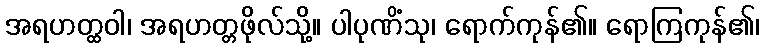
အရဟတ္ထဝါ၊ အရဟတ္တဖိုလ်သို့။ ပါပုဏိံသု၊ ရောက်ကုန်၏။ ရောကြကုန်၏၊